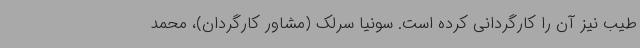
طیب نیز آن را کارگردانی کرده است. سونیا سرلک (مشاور کارگردان)، محمد